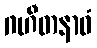
ဂဟီတနာဝံ